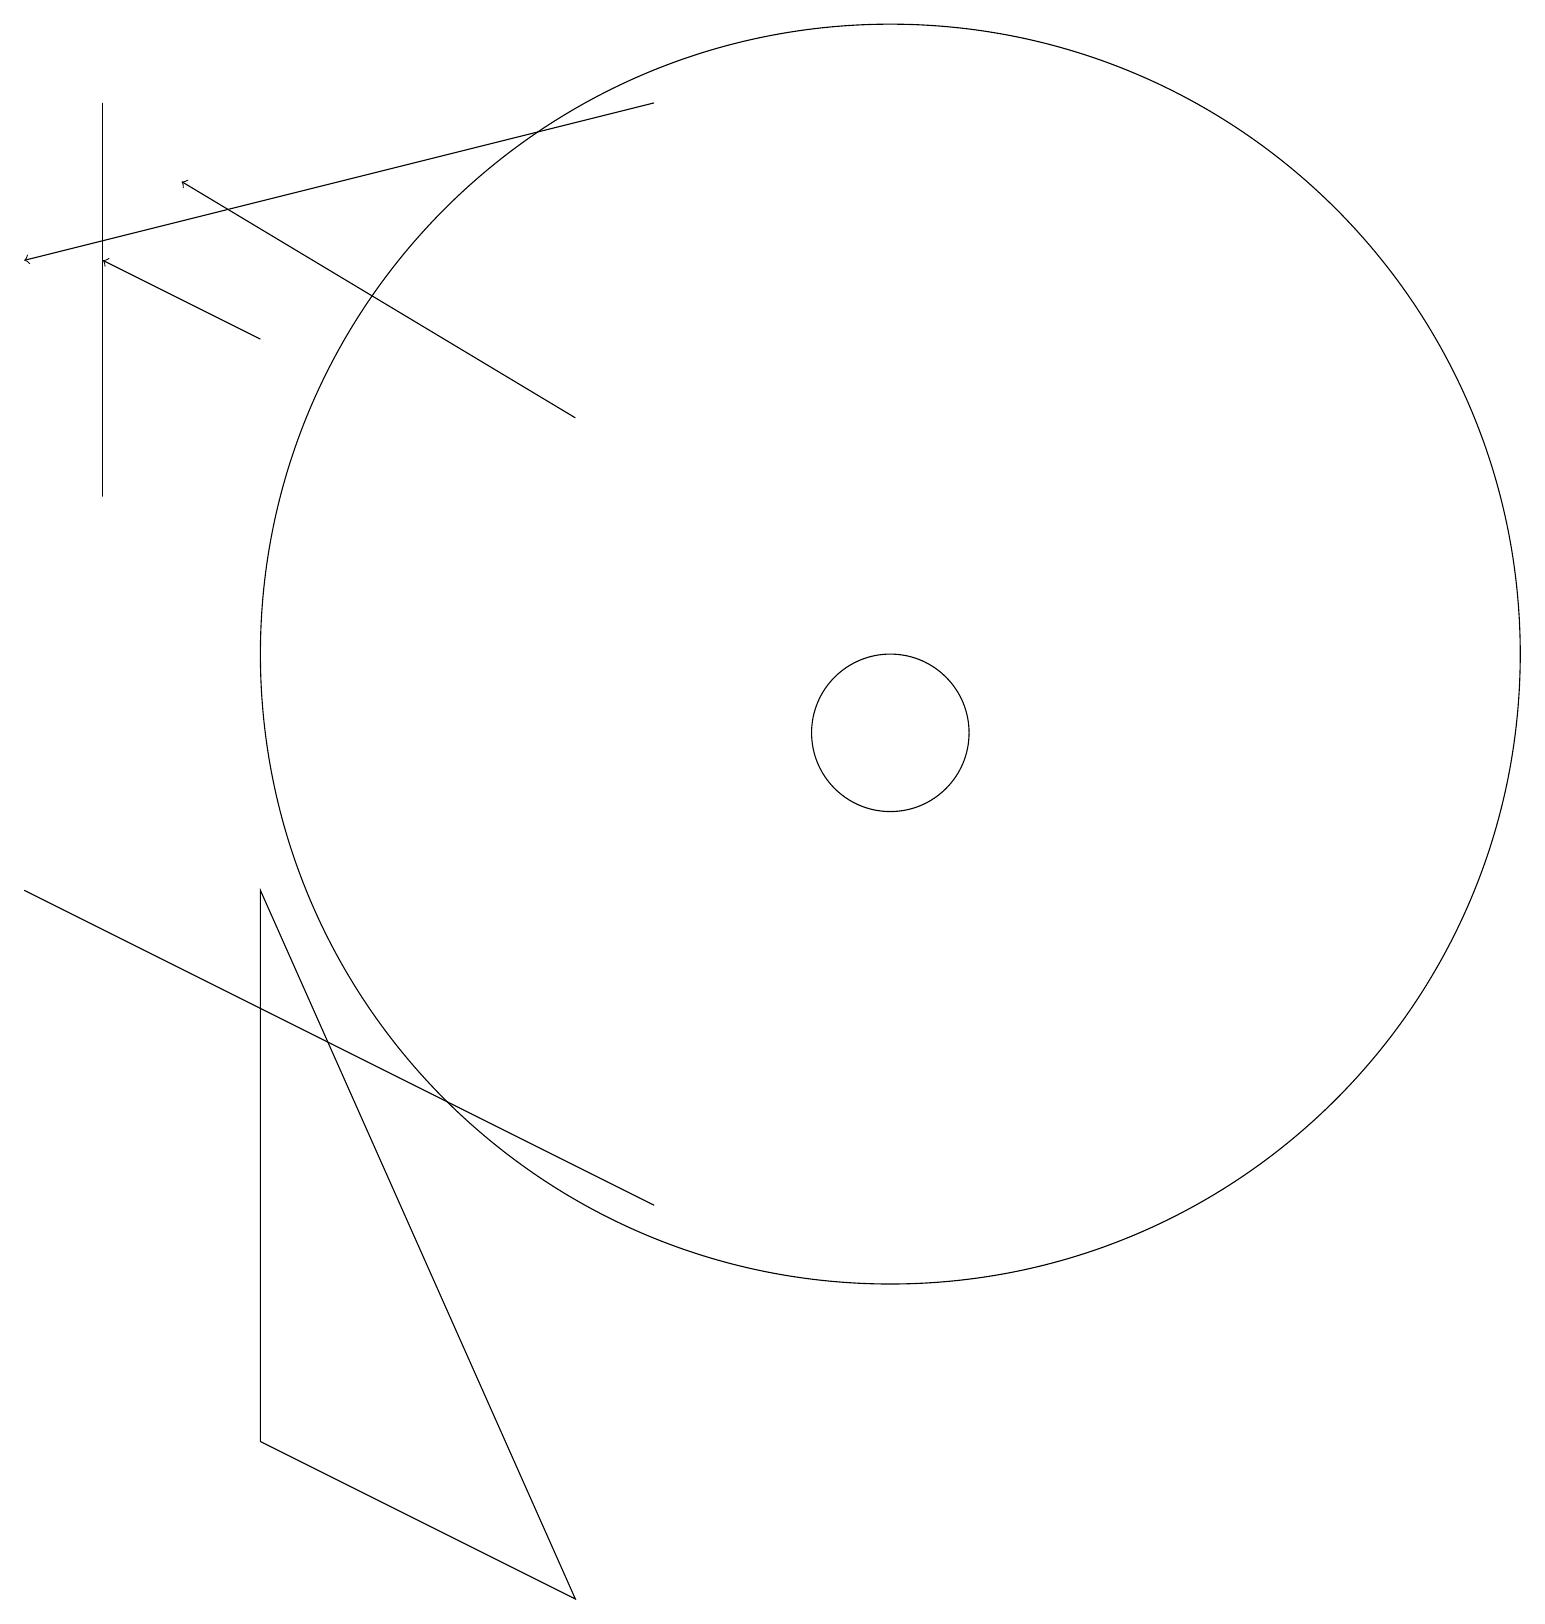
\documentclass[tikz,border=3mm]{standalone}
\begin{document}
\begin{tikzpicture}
\draw (11,12) circle (8);
\draw (11,11) circle (1);
\draw[->] (7,15) -- (2,18);
\draw[->] (3,16) -- (1,17);
\draw (3,9) -- (7,0) -- (3,2) -- cycle;
\draw[->] (8,19) -- (0,17);
\draw (0,9) -- (4,7) -- (8,5) -- cycle;
\draw (1,14) rectangle (1,19);
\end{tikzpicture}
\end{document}